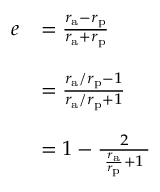
{ \begin{array} { r l } { e } & { = { \frac { r _ { \mathrm { a } } - r _ { \mathrm { p } } } { r _ { \mathrm { a } } + r _ { \mathrm { p } } } } } \\ { \, } \\ & { = { \frac { r _ { \mathrm { a } } / r _ { \mathrm { p } } - 1 } { r _ { \mathrm { a } } / r _ { \mathrm { p } } + 1 } } } \\ { \, } \\ & { = 1 - { \frac { 2 } { \; { \frac { r _ { \mathrm { a } } } { r _ { \mathrm { p } } } } + 1 \; } } } \end{array} }